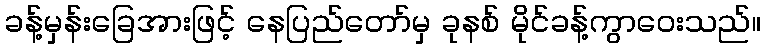
ခန့်မှန်းခြေအားဖြင့် နေပြည်တော်မှ ခုနစ် မိုင်ခန့်ကွာဝေးသည်။